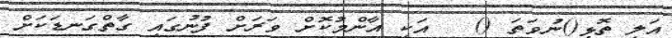
އަލި ތޮޅި()ނުވަތަ ()   އަކީ އާންމުކޮށް ވަރަށް ފުނުގައި ގާތްގަނޑަކަށް